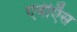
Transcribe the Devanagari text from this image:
एबीऍस